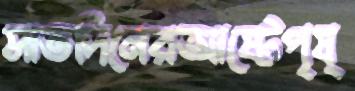
সাতদিনেরআষ্টেপৃষ্